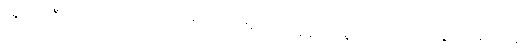
ရွှေပြည် ဦးဘတင်လို့ ထင်ရှားတဲ့ ဒီပုဂ္ဂိုလ်ကြီးဟာ တချိန်က ရွှေပြည်ကိုယ်တော်လေးအမည်နဲ့